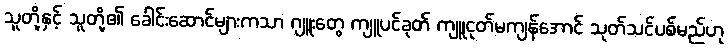
သူတို့နှင့် သူတို့၏ ခေါင်းဆောင်များကသာ ဂျူးတွေ ကျူပင်ခုတ် ကျူငုတ်မကျန်အောင် သုတ်သင်ပစ်မည်ဟု